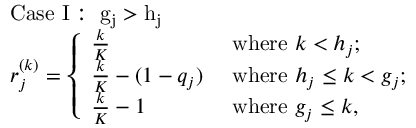
\begin{array} { r l } & { \mathrm { C a s e ~ I : ~ g _ j > h _ j ~ } } \\ & { r _ { j } ^ { ( k ) } = \left\{ \begin{array} { l l } { \frac { k } { K } } & { \mathrm { ~ w h e r e ~ } k < h _ { j } ; } \\ { \frac { k } { K } - ( 1 - q _ { j } ) } & { \mathrm { ~ w h e r e ~ } h _ { j } \leq k < g _ { j } ; } \\ { \frac { k } { K } - 1 } & { \mathrm { ~ w h e r e ~ } g _ { j } \leq k , } \end{array} \right. } \end{array}